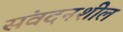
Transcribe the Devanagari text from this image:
संवदनशील